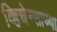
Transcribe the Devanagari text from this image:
व्हिचेन्साच्या